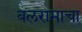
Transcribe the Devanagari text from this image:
बलरामाचा